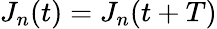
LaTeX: J_{n}(t)=J_{n}(t+T)